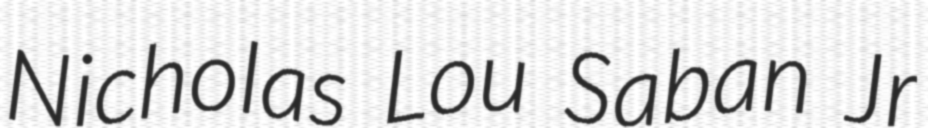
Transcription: Nicholas Lou Saban Jr